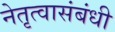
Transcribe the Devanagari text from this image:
नेतृत्वासंबंधी